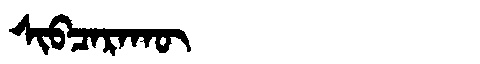
Manchu: ᠰᡳᠪᠴᠠᡵᠠᡴᡡ
Romanization: SIBCARAKŪ